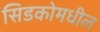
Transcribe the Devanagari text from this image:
सिडकोमधील